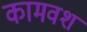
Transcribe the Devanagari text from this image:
कामवश